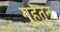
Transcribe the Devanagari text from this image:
गुहेतुन